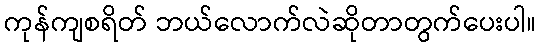
ကုန်ကျစရိတ် ဘယ်လောက်လဲဆိုတာတွက်ပေးပါ။